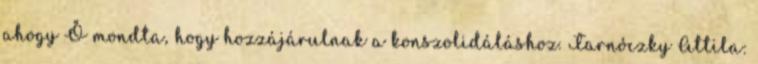
ahogy Ő mondta, hogy hozzájárulnak a konszolidáláshoz. Tarnóczky Attila: